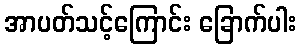
အာပတ်သင့်ကြောင်း ခြောက်ပါး